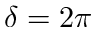
\delta = 2 \pi